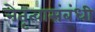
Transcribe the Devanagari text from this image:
नेतृत्वासंबंधी